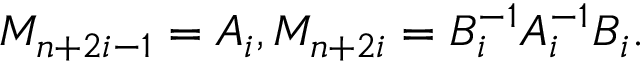
M _ { n + 2 i - 1 } = A _ { i } , M _ { n + 2 i } = B _ { i } ^ { - 1 } A _ { i } ^ { - 1 } B _ { i } .